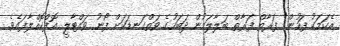
އެކަމަކު ފަހުން" ފަރާތް ފަރާތް ބަލާލަމުން ދަބަހުގެ ވަތްގަނޑަކަށް ފޯނު ވައްޓާލީ އޮފްކޮއްލާފައެވެ.